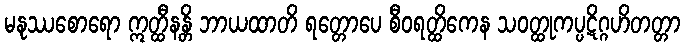
မနုဿစောရော ဣတ္ထီနန္တိ ဘာယထာတိ ရတ္တောပေ စီဝရတ္ထိကေန သဝတ္ထုကပ္ပဋိဂ္ဂဟိတတ္တာ